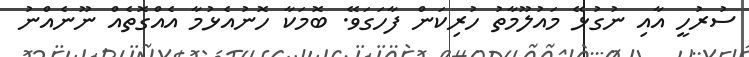
ސުރުހީ އާއި ނުގުޅޭ މައުލޫމާތު ހުރިކަން ފާހަގަވޭ. ބޮމަކާ ހޮނުއެޅުމާ އެއްގޮތެއް ނޫނެއްނު